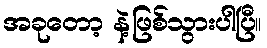
အခုတော့ နဲ့ဖြစ်သွားပါပြီ။